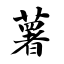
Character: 薯